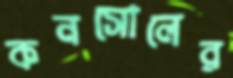
কনসোলের